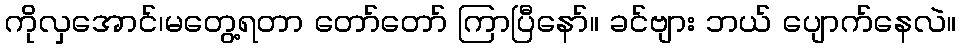
ကိုလှအောင်၊မတွေ့ရတာ တော်တော် ကြာပြီနော်။ ခင်ဗျား ဘယ် ပျောက်နေလဲ။